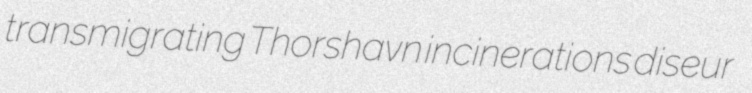
transmigrating Thorshavn incinerations diseur